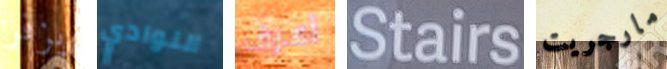
يزفر النوادي أعرف Stairs مارجريت